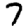
Digit: 7